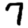
Digit: 7